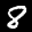
Label: 8